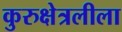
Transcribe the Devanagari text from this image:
कुरुक्षेत्रलीला